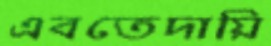
এবতেদায়ি